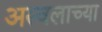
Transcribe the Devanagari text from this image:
अस्वलाच्या